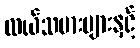
လယ်သမားများနှင့်